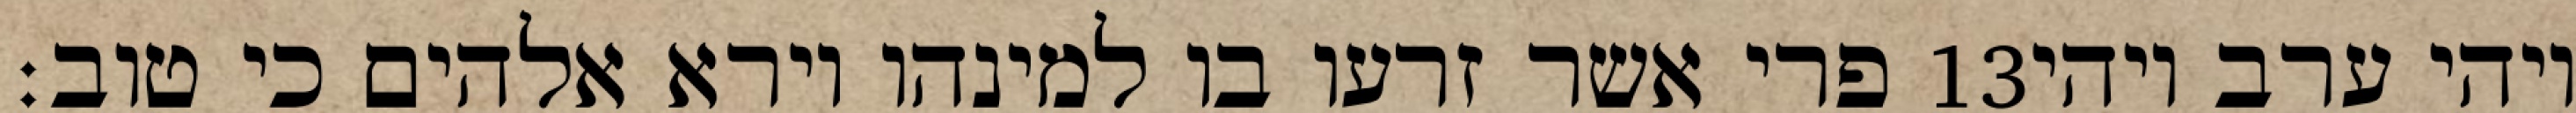
פרי אשר זרעו בו למינהו וירא אלהים כי טוב׃ ‎13‏ ויהי ערב ויהי